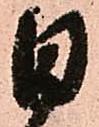
日